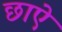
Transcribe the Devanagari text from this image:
छाऐ